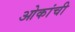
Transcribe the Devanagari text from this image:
ओकांची